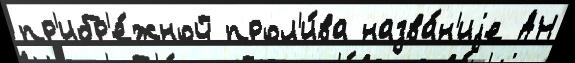
пр'ибр'е́жной прол'и́ва назва́н'иjе АН